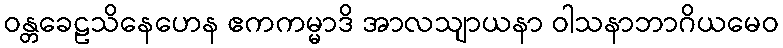
ဝန္တခေဠသိနေဟေန ဧကကမ္မာဒိ အာလသျာယနာ ဝါသနာဘာဂိယမေဝ